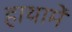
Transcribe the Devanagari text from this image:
हाथामें